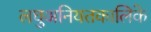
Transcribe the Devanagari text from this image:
लघुअनियतकालिके